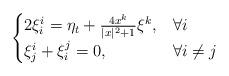
LaTeX: \begin{align*} \begin{cases} 2\xi^i_i=\eta_t+\frac{4x^k}{|x|^2+1}\xi^k, & \forall i\\ \xi^i_j+\xi^j_i=0, & \forall i\not=j \end{cases} \end{align*}